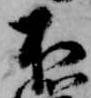
不